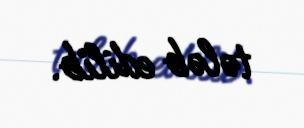
tələb edilib.